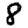
Digit: 8